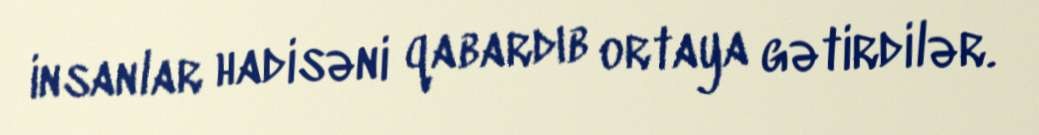
insanlar hadisəni qabardıb ortaya gətirdilər.